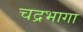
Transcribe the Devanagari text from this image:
चद्रभागा